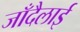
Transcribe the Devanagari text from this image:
जाँदैलाई